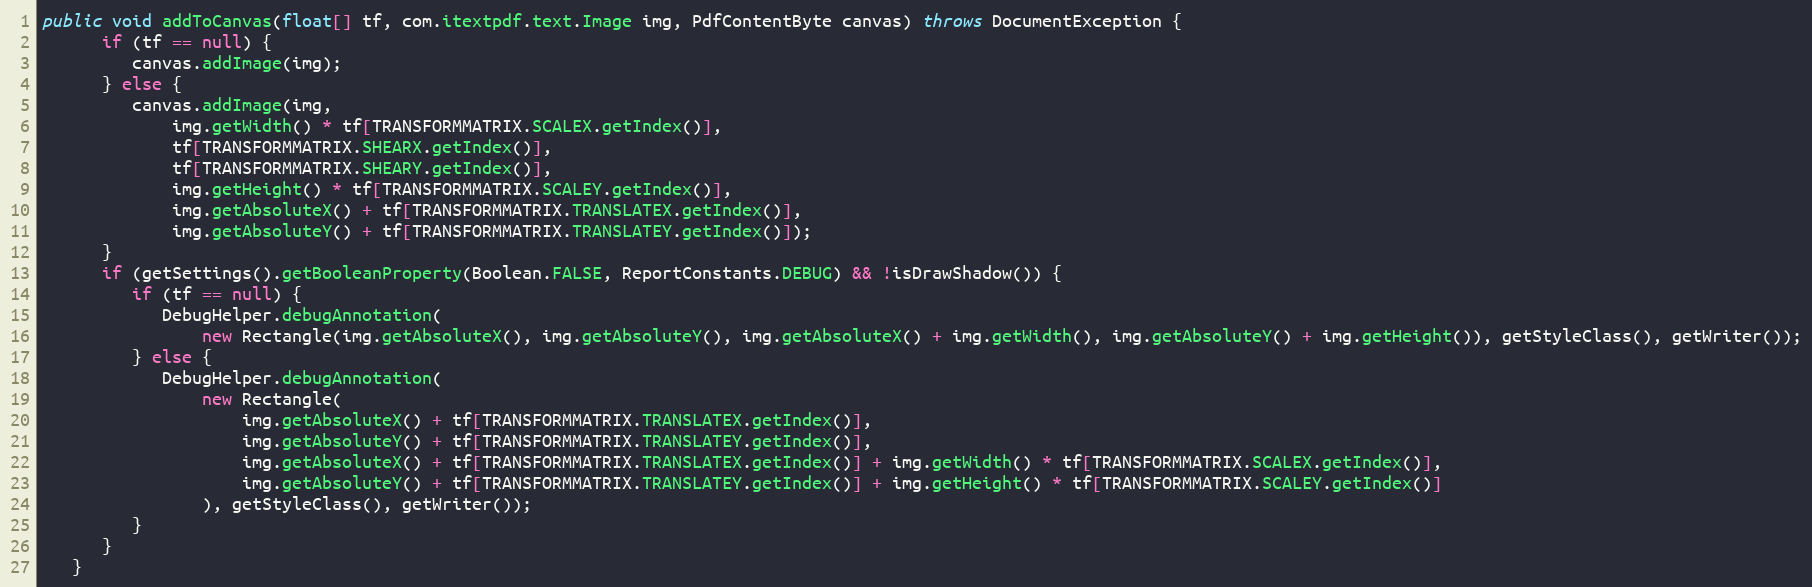
Language: Java
public void addToCanvas(float[] tf, com.itextpdf.text.Image img, PdfContentByte canvas) throws DocumentException {
      if (tf == null) {
         canvas.addImage(img);
      } else {
         canvas.addImage(img,
             img.getWidth() * tf[TRANSFORMMATRIX.SCALEX.getIndex()],
             tf[TRANSFORMMATRIX.SHEARX.getIndex()],
             tf[TRANSFORMMATRIX.SHEARY.getIndex()],
             img.getHeight() * tf[TRANSFORMMATRIX.SCALEY.getIndex()],
             img.getAbsoluteX() + tf[TRANSFORMMATRIX.TRANSLATEX.getIndex()],
             img.getAbsoluteY() + tf[TRANSFORMMATRIX.TRANSLATEY.getIndex()]);
      }
      if (getSettings().getBooleanProperty(Boolean.FALSE, ReportConstants.DEBUG) && !isDrawShadow()) {
         if (tf == null) {
            DebugHelper.debugAnnotation(
                new Rectangle(img.getAbsoluteX(), img.getAbsoluteY(), img.getAbsoluteX() + img.getWidth(), img.getAbsoluteY() + img.getHeight()), getStyleClass(), getWriter());
         } else {
            DebugHelper.debugAnnotation(
                new Rectangle(
                    img.getAbsoluteX() + tf[TRANSFORMMATRIX.TRANSLATEX.getIndex()],
                    img.getAbsoluteY() + tf[TRANSFORMMATRIX.TRANSLATEY.getIndex()],
                    img.getAbsoluteX() + tf[TRANSFORMMATRIX.TRANSLATEX.getIndex()] + img.getWidth() * tf[TRANSFORMMATRIX.SCALEX.getIndex()],
                    img.getAbsoluteY() + tf[TRANSFORMMATRIX.TRANSLATEY.getIndex()] + img.getHeight() * tf[TRANSFORMMATRIX.SCALEY.getIndex()]
                ), getStyleClass(), getWriter());
         }
      }
   }